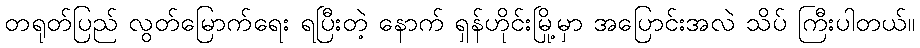
တရုတ်ပြည် လွတ်မြောက်ရေး ရပြီးတဲ့ နောက် ရှန်ဟိုင်းမြို့မှာ အပြောင်းအလဲ သိပ် ကြီးပါတယ်။